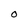
Character: O